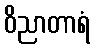
ဝိညာတာရံ